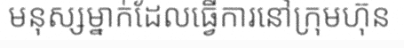
មនុស្សម្នាក់ដែលធ្វើការនៅក្រុមហ៊ុន